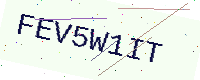
Text: FEV5W1IT